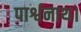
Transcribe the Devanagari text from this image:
पार्श्वनाथ।